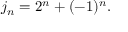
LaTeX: j _ { n } = 2 ^ { n } + ( - 1 ) ^ { n } .